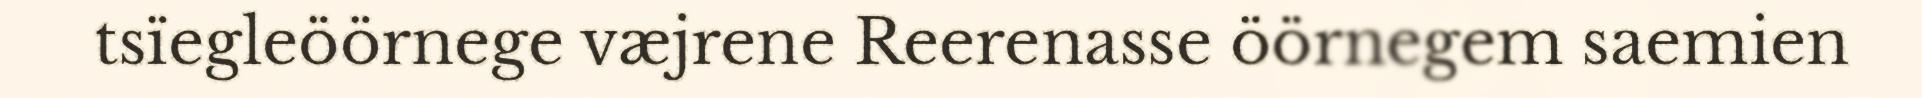
tsïegleöörnege væjrene Reerenasse öörnegem saemien